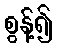
စွန့်၍